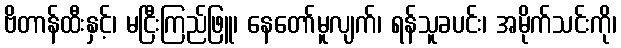
ဗိတာန်ထီးနှင့်၊ မငြီးကြည်ဖြူ၊ နေတော်မူလျက်၊ ရန်သူခပင်း၊ အမိုက်သင်းကို၊